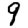
Digit: 9